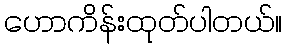
ဟောကိန်းထုတ်ပါတယ်။